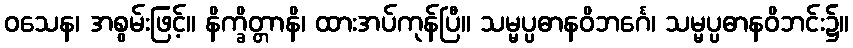
ဝသေန၊ အစွမ်းဖြင့်။ နိက္ခိတ္တာနိ၊ ထားအပ်ကုန်ပြီ။ သမ္မပ္ပဓာနဝိဘင်္ဂေ၊ သမ္မပ္ပဓာနဝိဘင်း၌။